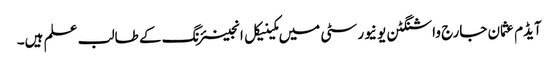
آیڈم عثمان جارج واشنگٹن یو نیورسٹی میں مکینیکل انجینئرنگ کے طالب علم ہیں۔